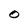
Character: O